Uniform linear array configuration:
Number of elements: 48
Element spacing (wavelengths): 0.5
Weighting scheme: kaiser
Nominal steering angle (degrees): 0
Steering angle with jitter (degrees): -0.882
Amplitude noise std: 0.05
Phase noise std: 0.05

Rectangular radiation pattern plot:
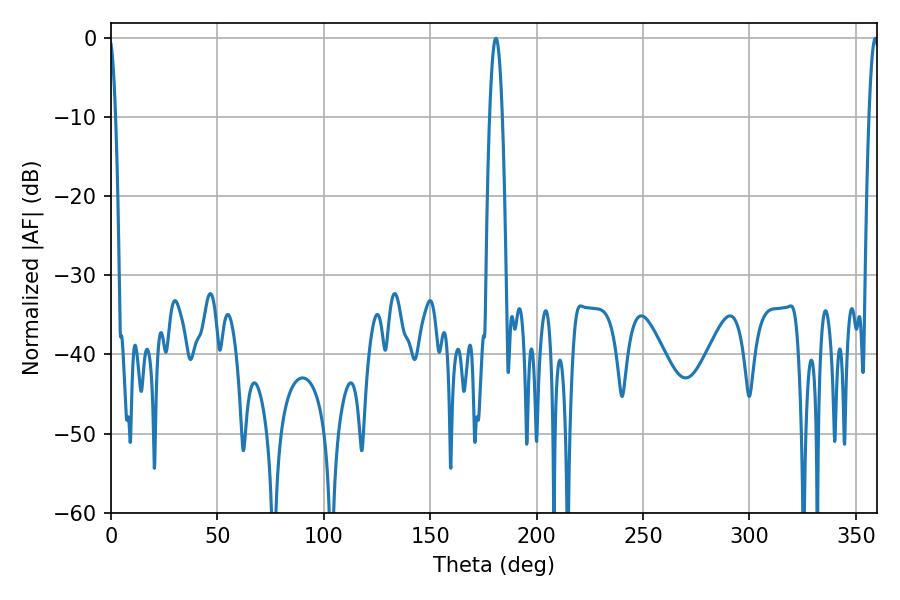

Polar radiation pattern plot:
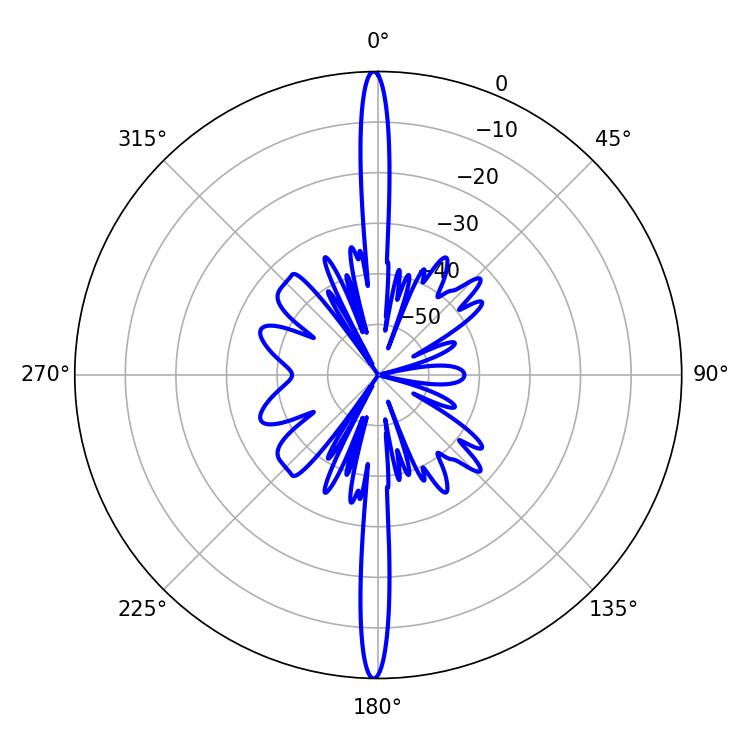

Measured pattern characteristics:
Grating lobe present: FALSE
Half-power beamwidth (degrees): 3.24
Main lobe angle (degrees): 180.9